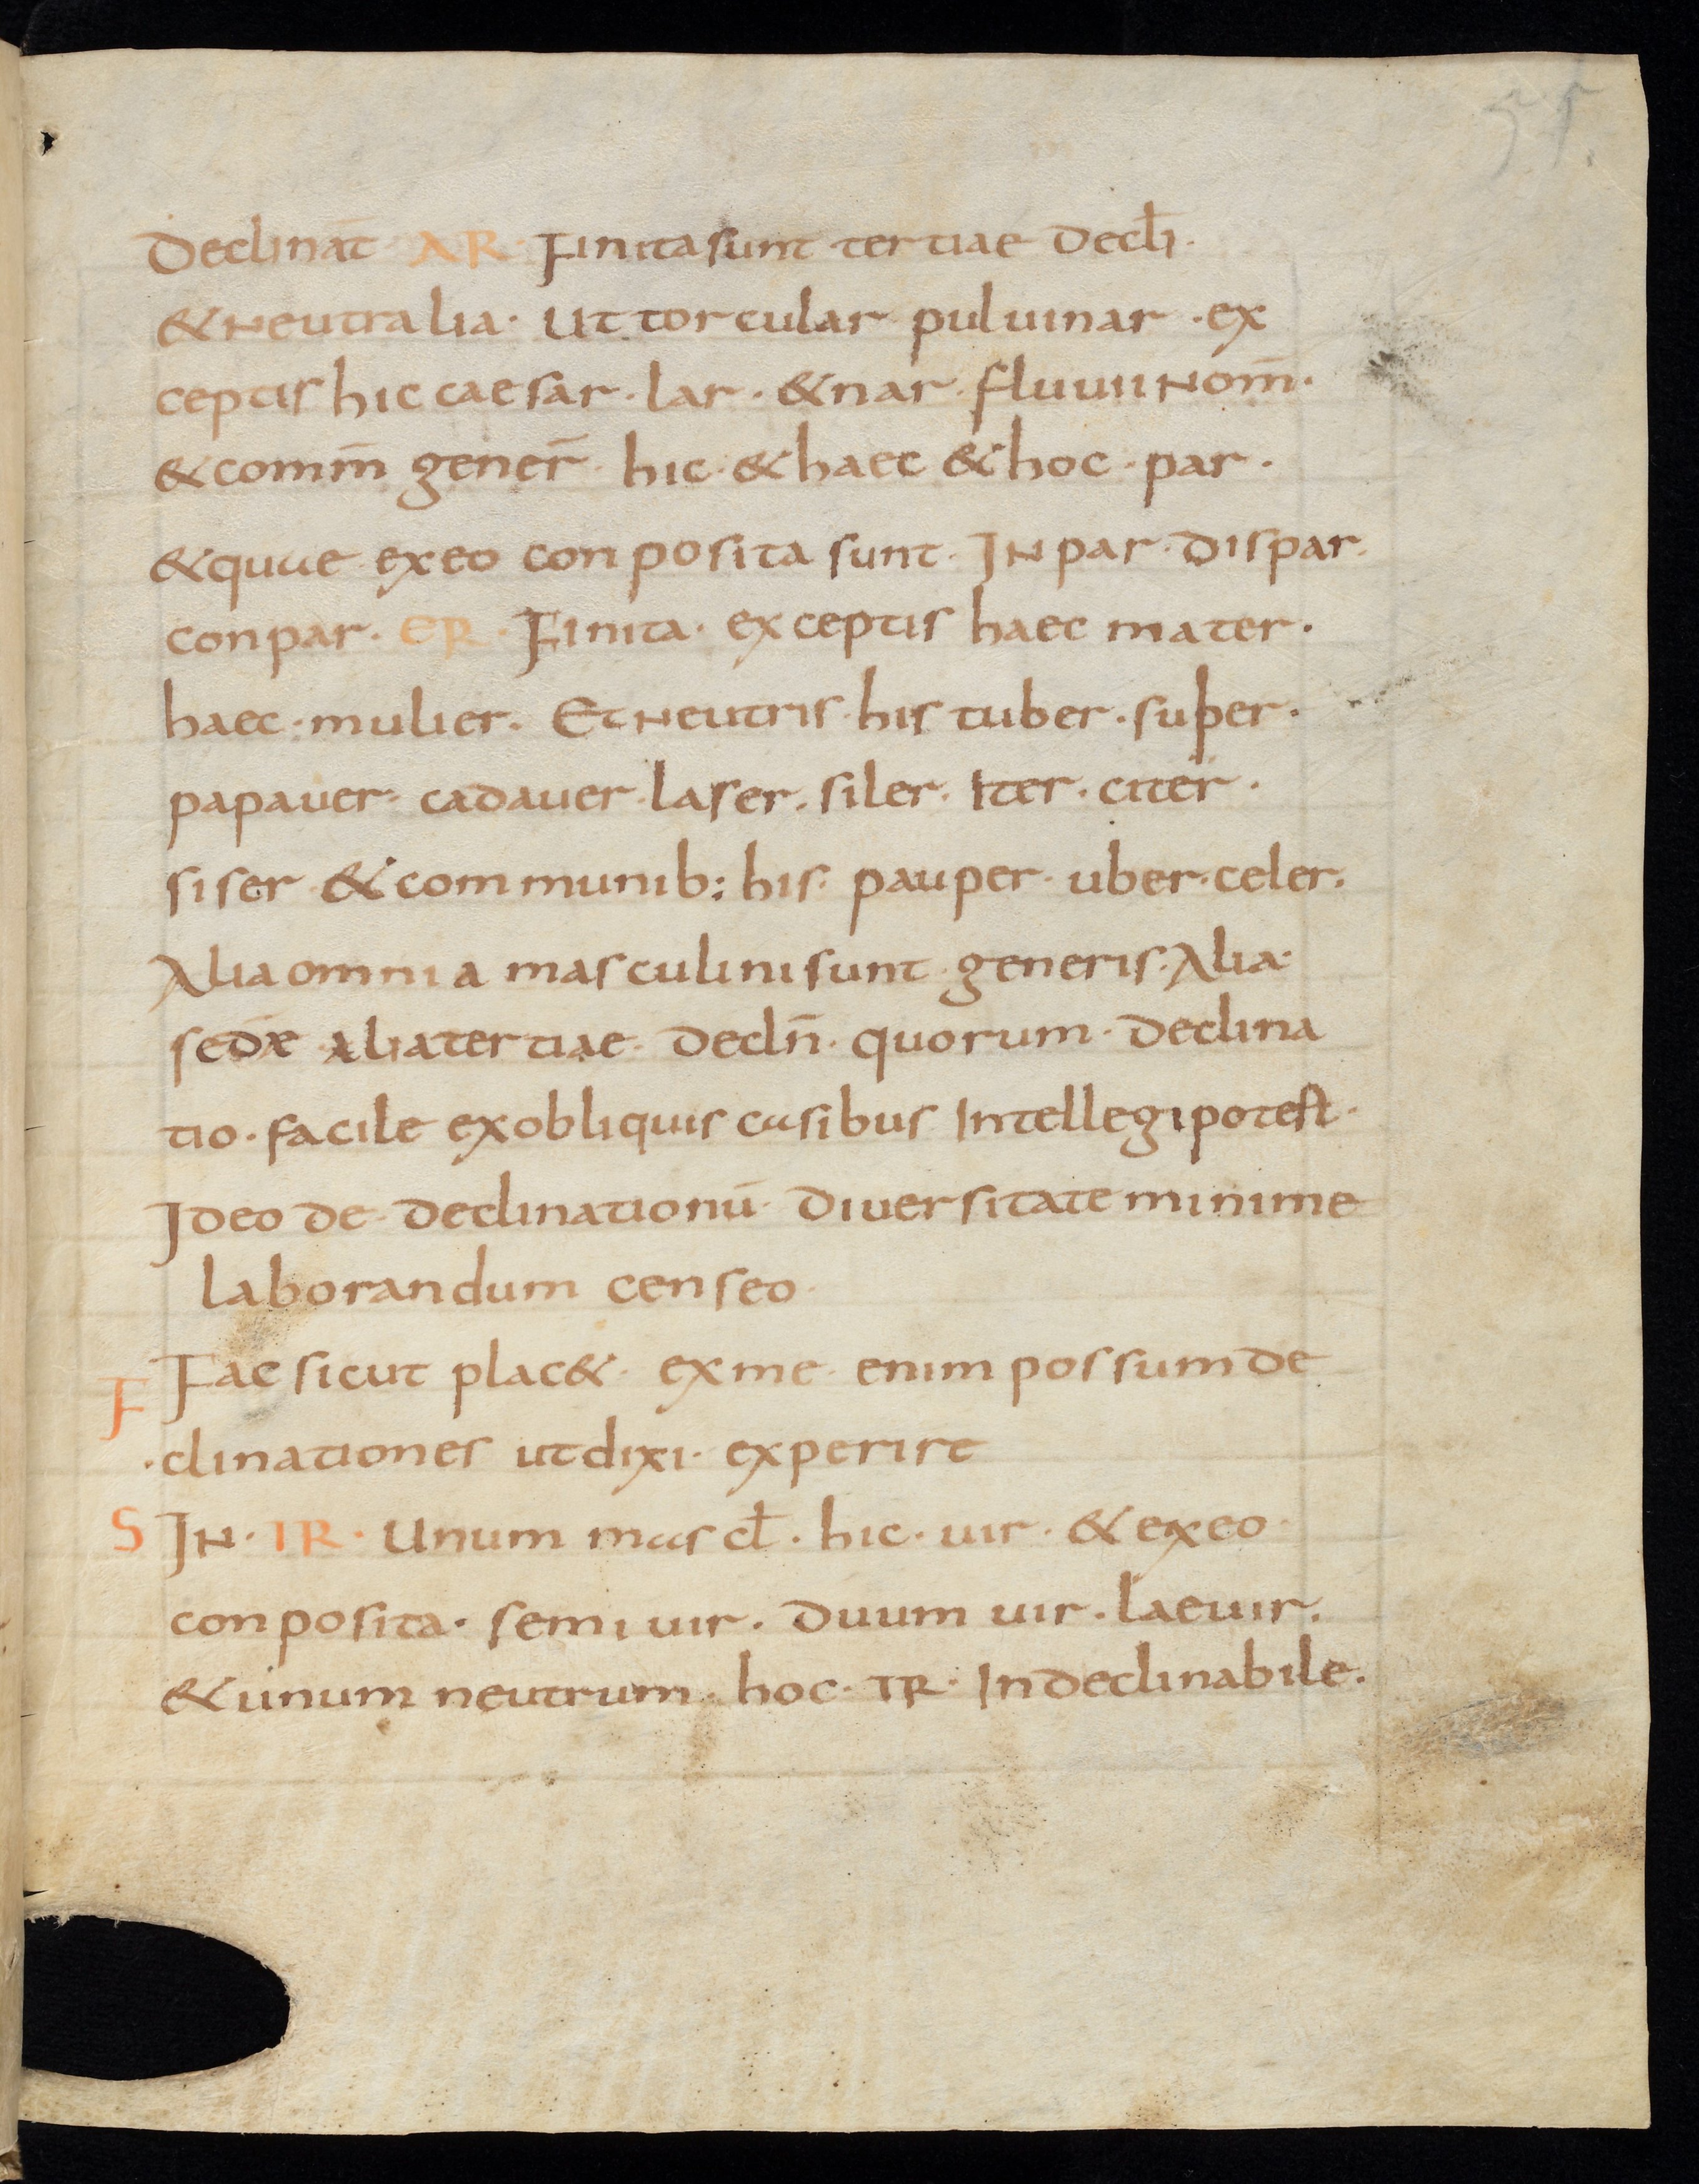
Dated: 800–899